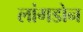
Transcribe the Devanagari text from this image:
लांगडोन